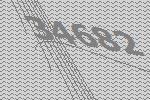
34682